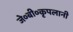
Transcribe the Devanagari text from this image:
जे०बी०कृपलानी